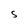
Character: S